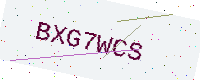
Text: BXG7WCS